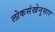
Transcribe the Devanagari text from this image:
लोकसंखेनुसार